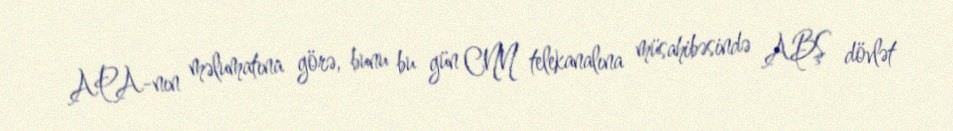
APA-nın məlumatına görə, bunu bu gün CNN telekanalına müsahibəsində ABŞ dövlət